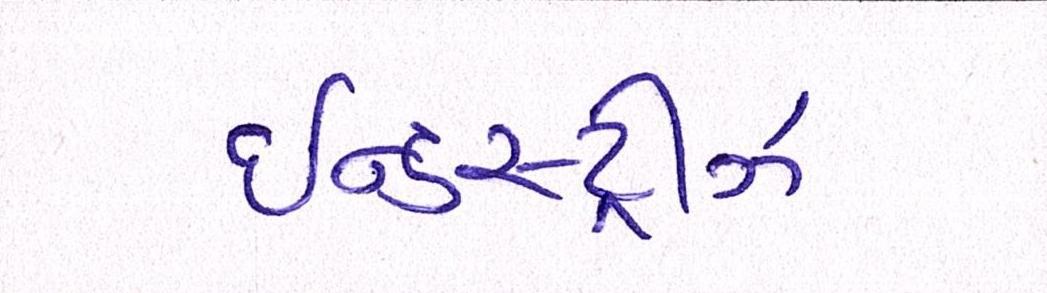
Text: ઈન્ડસ્ટ્રીઝ